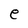
Character: e